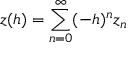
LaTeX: z ( h ) = \sum _ { n = 0 } ^ { \infty } ( - h ) ^ { n } z _ { n }